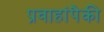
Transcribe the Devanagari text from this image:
प्रवाहांपैकी